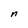
Character: n